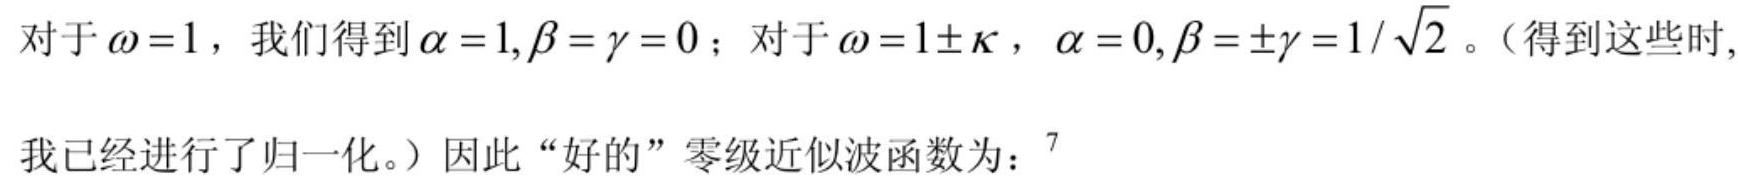
对于$\omega = 1$，我们得到$\alpha = 1, \beta = \gamma = 0$；对于$\omega = 1\pm\kappa$，$\alpha = 0, \beta = \pm\gamma = 1/\sqrt{2}$。（得到这些时,我已经进行了归一化。）因此“好的”零级近似波函数为：$^{7}$